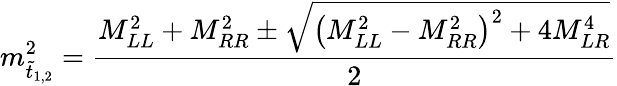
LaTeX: m_{\tilde{t}_{1,2}}^{2}=\frac{M_{LL}^{2}+M_{RR}^{2}\pm\sqrt{\left(M_{LL}^{2}-M_{RR}^{2}\right)^{2}+4M_{LR}^{4}}}{2}